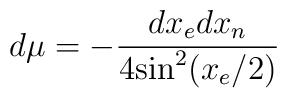
d\mu=-\frac{dx_{e}dx_{n}}{4\mbox{sin}^{2}(x_{e}/2)}